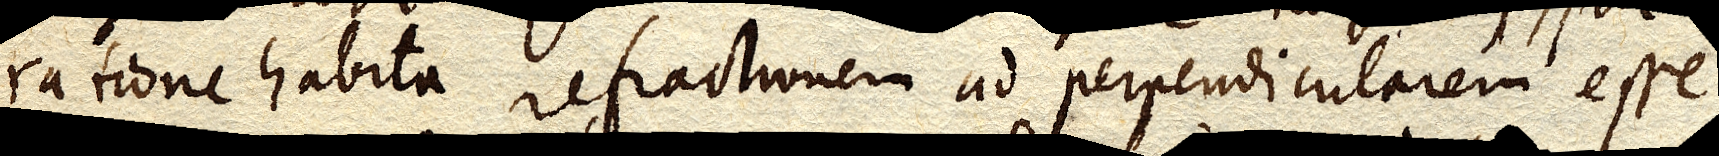
ratione habita refractionem ad perpendicularem esse